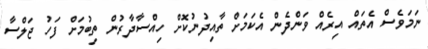
ނަމަވެސް އެތައް އިރެއް ވަންދެން އެކަމަށް ތާއިދުނުކޮށް ހިއްސާދާރުން ތިބުމަށް ފަހު ޖަލްސާ